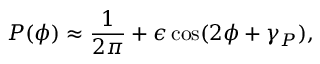
P ( \phi ) \approx \frac { 1 } { 2 \pi } + \epsilon \cos ( 2 \phi + \gamma _ { P } ) ,